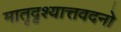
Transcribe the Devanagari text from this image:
मातृदृश्यात्तवदनो